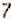
7